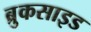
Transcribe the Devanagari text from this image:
ब्रुकसाइड